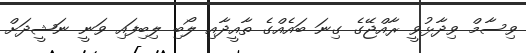
ވިސާމް ވިދާޅުވީ ރާއްޖޭގެ ގިނަ ބައެއްގެ ތާއީދާއި ލޯބި ލިބިފައި ވަނީ ނަޝީދަށް